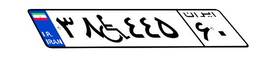
۳۸W۴۴۵۶۰